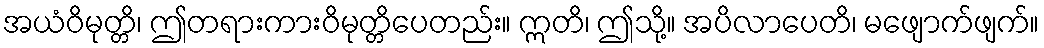
အယံဝိမုတ္တိ၊ ဤတရားကားဝိမုတ္တိပေတည်း။ ဣတိ၊ ဤသို့။ အပိလာပေတိ၊ မဖျောက်ဖျက်။